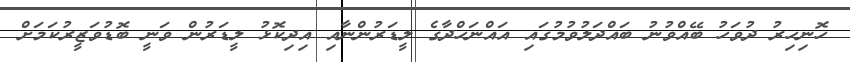
ހޮނިހިރު ދުވަހު ބޭއްވުނު ބައްދަލުވުމުގައި އައްނަހްދާގެ ލީޑަރުންނާއި އިދިކޮޅު ލީޑަރުން ވަނީ ބޮޑުވަޒީރުކަމަށް